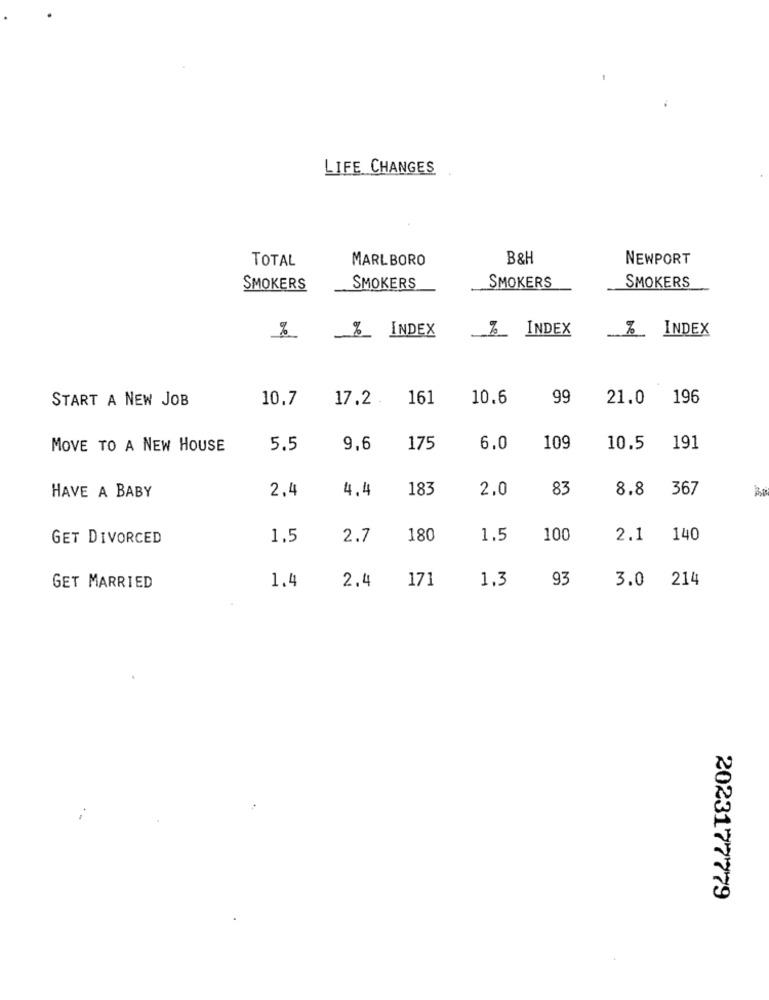
LIFE CHANGES
TOTAL
MARLBORO
B&H
NEWPORT
SMOKERS
SMOKERS
SMOKERS
SMOKERS
be
%_ INDEX
Z_ INDEX
% INDEX
START A NEW JOB
10.7
17.2
161
10.6
99
21.0 196
MOVE TO A NEW HOUSE
5.5
9,6
175
6.0
109
10.5
191
2.4
4.4
183
2.0
83
8.8 367
HAVE A BABY
GET DIVORCED
1.5
2.7
180
1.5
100
2.1 140
1.4
2.4
171
1.3
93
3.0 214
GET MARRIED
2023177779